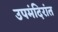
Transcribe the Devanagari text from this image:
उपमंदिरांत